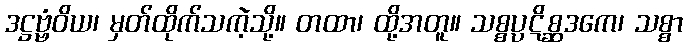
ဒဋ္ဌဗ္ဗံဝိယ၊ မှတ်ထိုက်သကဲ့သို့။ တထာ၊ ထို့အတူ။ သစ္စပ္ပဋိစ္ဆဒကေ၊ သစ္စာ